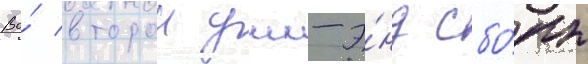
Во́ второи уик-э́нд сбо́ры